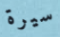
سيرة